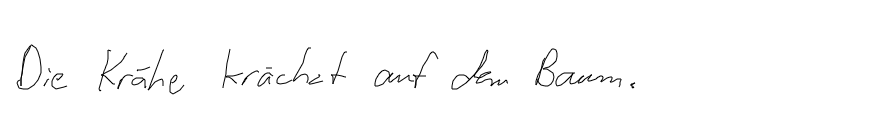
Die Krähe krächzt auf dem Baum.